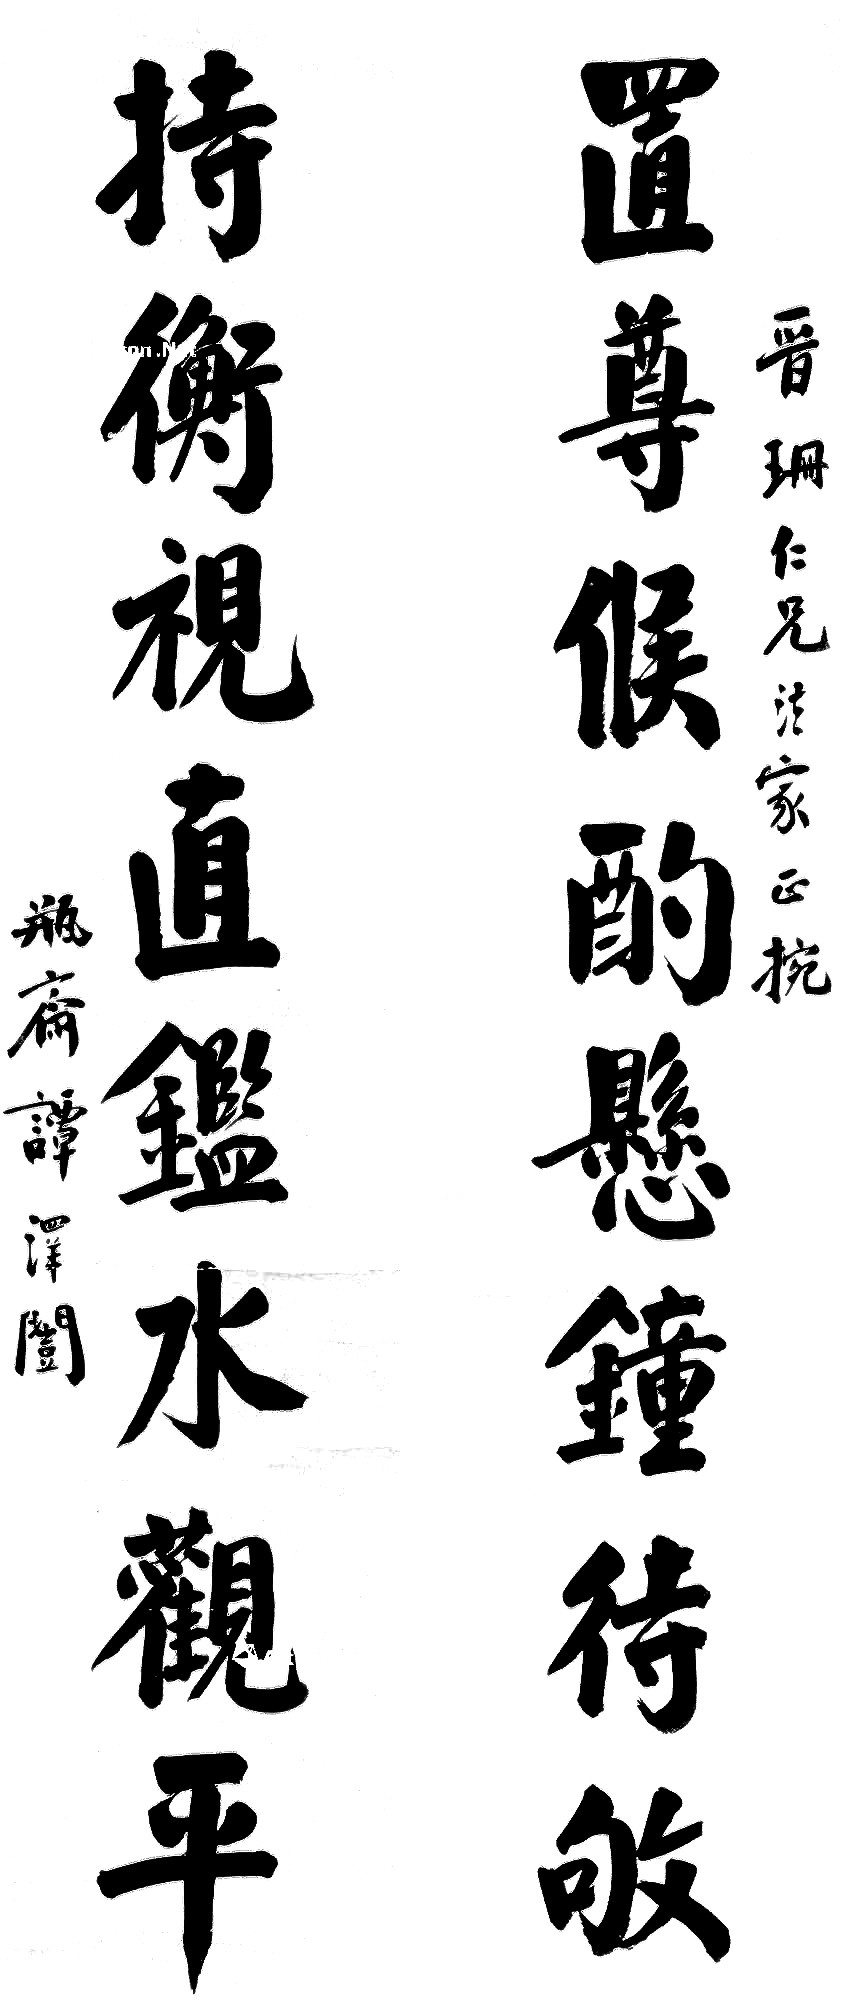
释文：置尊候酌悬锺待叩，持衡视直鉴水观平。晋珊仁兄法家正捥，瓶斋谭泽闿。